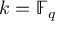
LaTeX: k = \mathbb { F } _ { q }